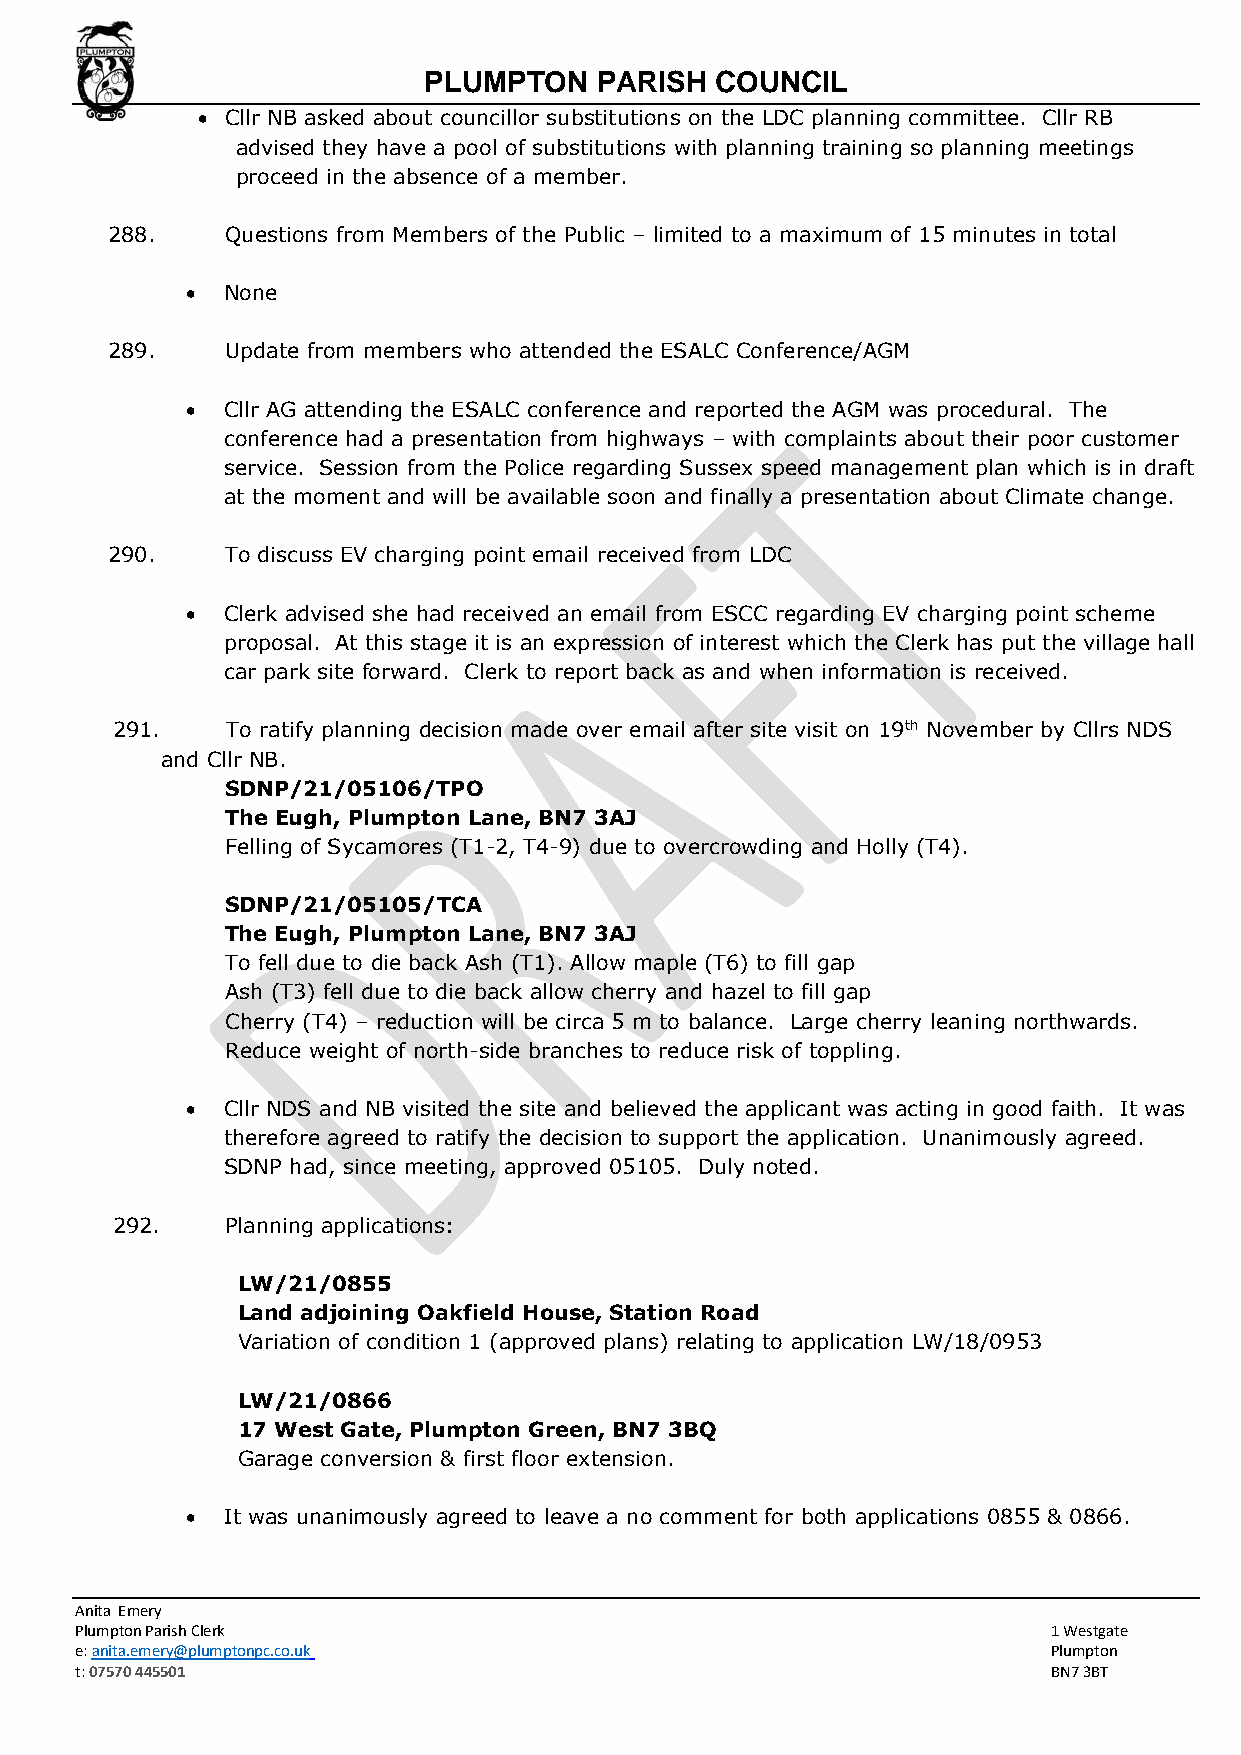
PLUMPTON   PARISH  COUNCIL
 • Cllr NB asked about councillor substitutions on the LDC planning committee. Cllr RB
 advised they have a pool of substitutions with planning training so planning meetings
 proceed in the absence of a member.
 288.    Questions from Members of the Public – limited to a maximum of 15 minutes in total
 •  None
 289.    Update from members who attended the ESALC Conference/AGM
 •  Cllr AG attending the ESALC conference and reported the AGM was procedural. The
 conference had a presentation from highways – with complaints about their poor customer
 service. Session from the Police regarding Sussex speed management plan which is in draft
 at the moment and will be available soon and finally a presentation about Climate change.
 290.    To discuss EV charging point email received from LDC
 •  Clerk advised she had received an email from ESCC regarding EV charging point scheme
 proposal. At this stage it is an expression of interest which the Clerk has put the village hall
 car park site forward. Clerk to report back as and when information is received.
 291.    To ratify planning decision made over email after site visit on 19th November by Cllrs NDS
 and Cllr NB.
 SDNP/21/05106/TPO
 The Eugh, Plumpton Lane, BN7 3AJ
 Felling of Sycamores (T1-2, T4-9) due to overcrowding and Holly (T4).
 SDNP/21/05105/TCA
 The Eugh, Plumpton Lane, BN7 3AJ
 To fell due to die back Ash (T1). Allow maple (T6) to fill gap
 Ash (T3) fell due to die back allow cherry and hazel to fill gap
 Cherry (T4) – reduction will be circa 5 m to balance. Large cherry leaning northwards.
 Reduce weight of north-side branches to reduce risk of toppling.
 •  Cllr NDS and NB visited the site and believed the applicant was acting in good faith. It was
 therefore agreed to ratify the decision to support the application. Unanimously agreed.
 SDNP had, since meeting, approved 05105. Duly noted.
 292.    Planning applications:
 LW/21/0855
 Land adjoining Oakfield House, Station Road
 Variation of condition 1 (approved plans) relating to application LW/18/0953
 LW/21/0866
 17 West Gate, Plumpton Green, BN7 3BQ
 Garage conversion & first floor extension.
 •  It was unanimously agreed to leave a no comment for both applications 0855 & 0866.
 Anita Emery
 Plumpton Parish Clerk                                            1 Westgate
 e: anita.emery@plumptonpc.co.uk                                  Plumpton
 t: 07570 445501                                                  BN7 3BT